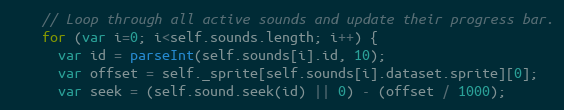
Language: JavaScript
    // Loop through all active sounds and update their progress bar.
    for (var i=0; i<self.sounds.length; i++) {
      var id = parseInt(self.sounds[i].id, 10);
      var offset = self._sprite[self.sounds[i].dataset.sprite][0];
      var seek = (self.sound.seek(id) || 0) - (offset / 1000);